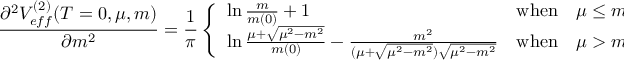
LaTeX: \frac { \partial ^ { 2 } V _ { e f f } ^ { ( 2 ) } ( T = 0 , \mu , m ) } { \partial m ^ { 2 } } = \frac { 1 } { \pi } \left\{ \begin{array} { l l l } { { \ln \frac { m } { m ( 0 ) } + 1 } } & { { \mathrm { w h e n } } } & { { \mu \leq m } } \\ { { \ln \frac { \mu + \sqrt { \mu ^ { 2 } - m ^ { 2 } } } { m ( 0 ) } - \frac { m ^ { 2 } } { ( \mu + \sqrt { \mu ^ { 2 } - m ^ { 2 } } ) \sqrt { \mu ^ { 2 } - m ^ { 2 } } } } } & { { \mathrm { w h e n } } } & { { \mu > m } } \end{array} \right. ,